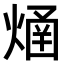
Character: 𤌐